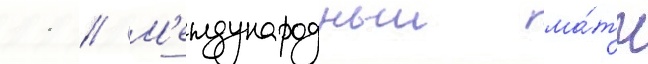
11 // М'еждународныи ма́тч